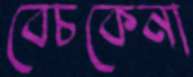
বেচকেনা